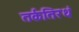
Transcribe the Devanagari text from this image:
तर्कतिरथं